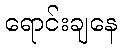
ရောင်းချနေ